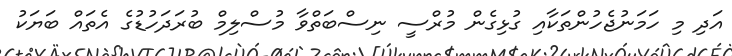
އަދި މި ހަމަނުޖެހުންތަކާއި ގުޅިގެން މުރްސީ ނިސްބަތްވާ މުސްލިމް ބުރަދަހުޑުގެ އެތައް ބަޔަކު